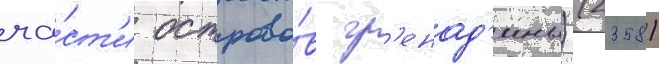
ча́ст'и острово́в гр'енад'ины) (2358)